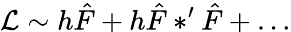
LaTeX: {\mathcal L}\sim h\hat{F}+h\hat{F}\ast^{\prime}\hat{F}+\dots